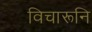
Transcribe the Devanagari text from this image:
विचारूनि